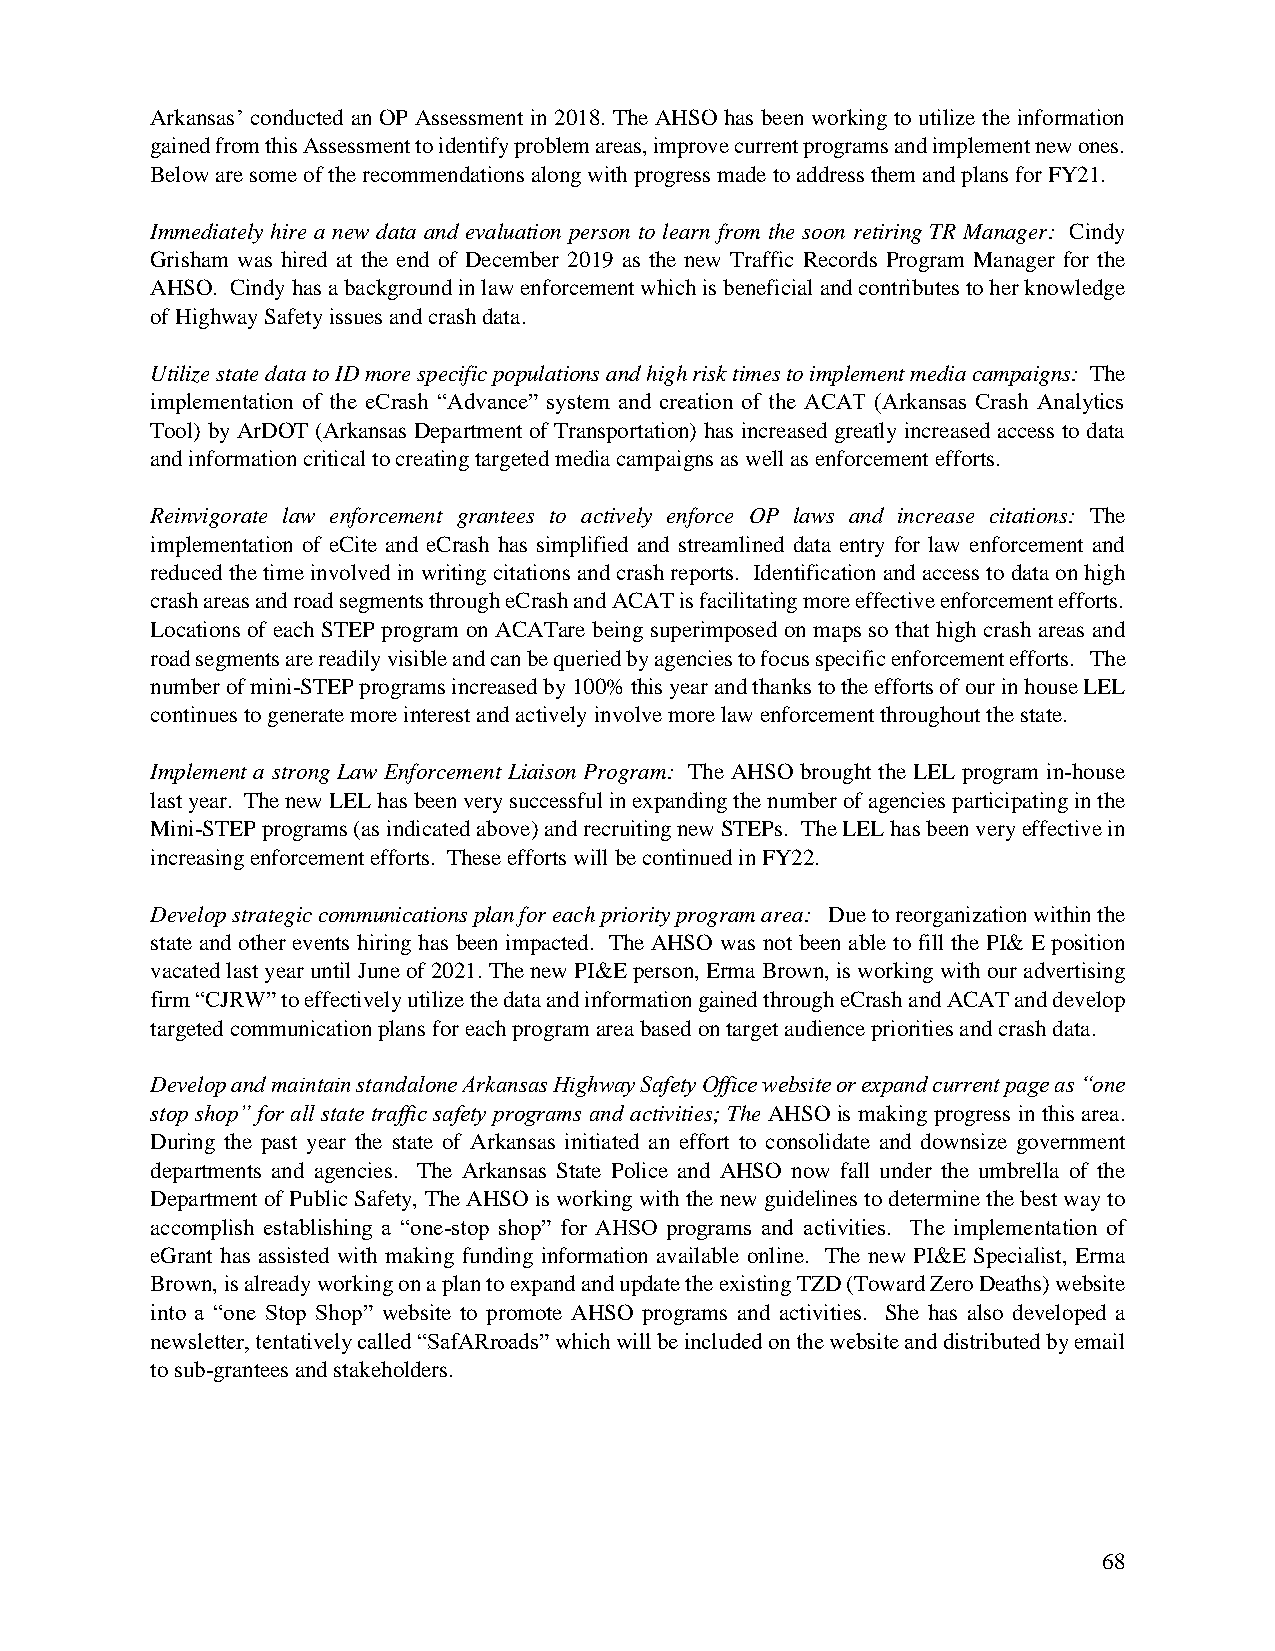
Arkansas’ conducted an OP Assessment in 2018. The AHSO has been working to utilize the information
 gained from this Assessment to identify problem areas, improve current programs and implement new ones.
 Below are some of the recommendations along with progress made to address them and plans for FY21.
 Immediately hire a new data and evaluation person to learn from the soon retiring TR Manager: Cindy
 Grisham was hired at the end of December 2019 as the new Traffic Records Program Manager for the
 AHSO. Cindy has a background in law enforcement which is beneficial and contributes to her knowledge
 of Highway Safety issues and crash data.
 Utilize state data to ID more specific populations and high risk times to implement media campaigns: The
 implementation of the eCrash “Advance” system and creation of the ACAT (Arkansas Crash Analytics
 Tool) by ArDOT (Arkansas Department of Transportation) has increased greatly increased access to data
 and information critical to creating targeted media campaigns as well as enforcement efforts.
 Reinvigorate law enforcement grantees to actively enforce OP laws and increase citations: The
 implementation of eCite and eCrash has simplified and streamlined data entry for law enforcement and
 reduced the time involved in writing citations and crash reports. Identification and access to data on high
 crash areas and road segments through eCrash and ACAT is facilitating more effective enforcement efforts.
 Locations of each STEP program on ACATare being superimposed on maps so that high crash areas and
 road segments are readily visible and can be queried by agencies to focus specific enforcement efforts. The
 number of mini-STEP programs increased by 100% this year and thanks to the efforts of our in house LEL
 continues to generate more interest and actively involve more law enforcement throughout the state.
 Implement a strong Law Enforcement Liaison Program: The AHSO brought the LEL program in-house
 last year. The new LEL has been very successful in expanding the number of agencies participating in the
 Mini-STEP programs (as indicated above) and recruiting new STEPs. The LEL has been very effective in
 increasing enforcement efforts. These efforts will be continued in FY22.
 Develop strategic communications plan for each priority program area: Due to reorganization within the
 state and other events hiring has been impacted. The AHSO was not been able to fill the PI& E position
 vacated last year until June of 2021. The new PI&E person, Erma Brown, is working with our advertising
 firm “CJRW” to effectively utilize the data and information gained through eCrash and ACAT and develop
 targeted communication plans for each program area based on target audience priorities and crash data.
 Develop and maintain standalone Arkansas Highway Safety Office website or expand current page as “one
 stop shop” for all state traffic safety programs and activities; The AHSO is making progress in this area.
 During the past year the state of Arkansas initiated an effort to consolidate and downsize government
 departments and agencies. The Arkansas State Police and AHSO now fall under the umbrella of the
 Department of Public Safety, The AHSO is working with the new guidelines to determine the best way to
 accomplish establishing a “one-stop shop” for AHSO programs and activities. The implementation of
 eGrant has assisted with making funding information available online. The new PI&E Specialist, Erma
 Brown, is already working on a plan to expand and update the existing TZD (Toward Zero Deaths) website
 into a “one Stop Shop” website to promote AHSO programs and activities. She has also developed a
 newsletter, tentatively called “SafARroads” which will be included on the website and distributed by email
 to sub-grantees and stakeholders.
 68